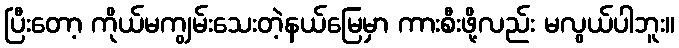
ပြီးတော့ ကိုယ်မကျွမ်းသေးတဲ့နယ်မြေမှာ ကားစီးဖို့လည်း မလွယ်ပါဘူး။